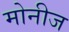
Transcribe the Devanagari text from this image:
मोनीज